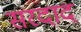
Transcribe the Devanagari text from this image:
सरदाद